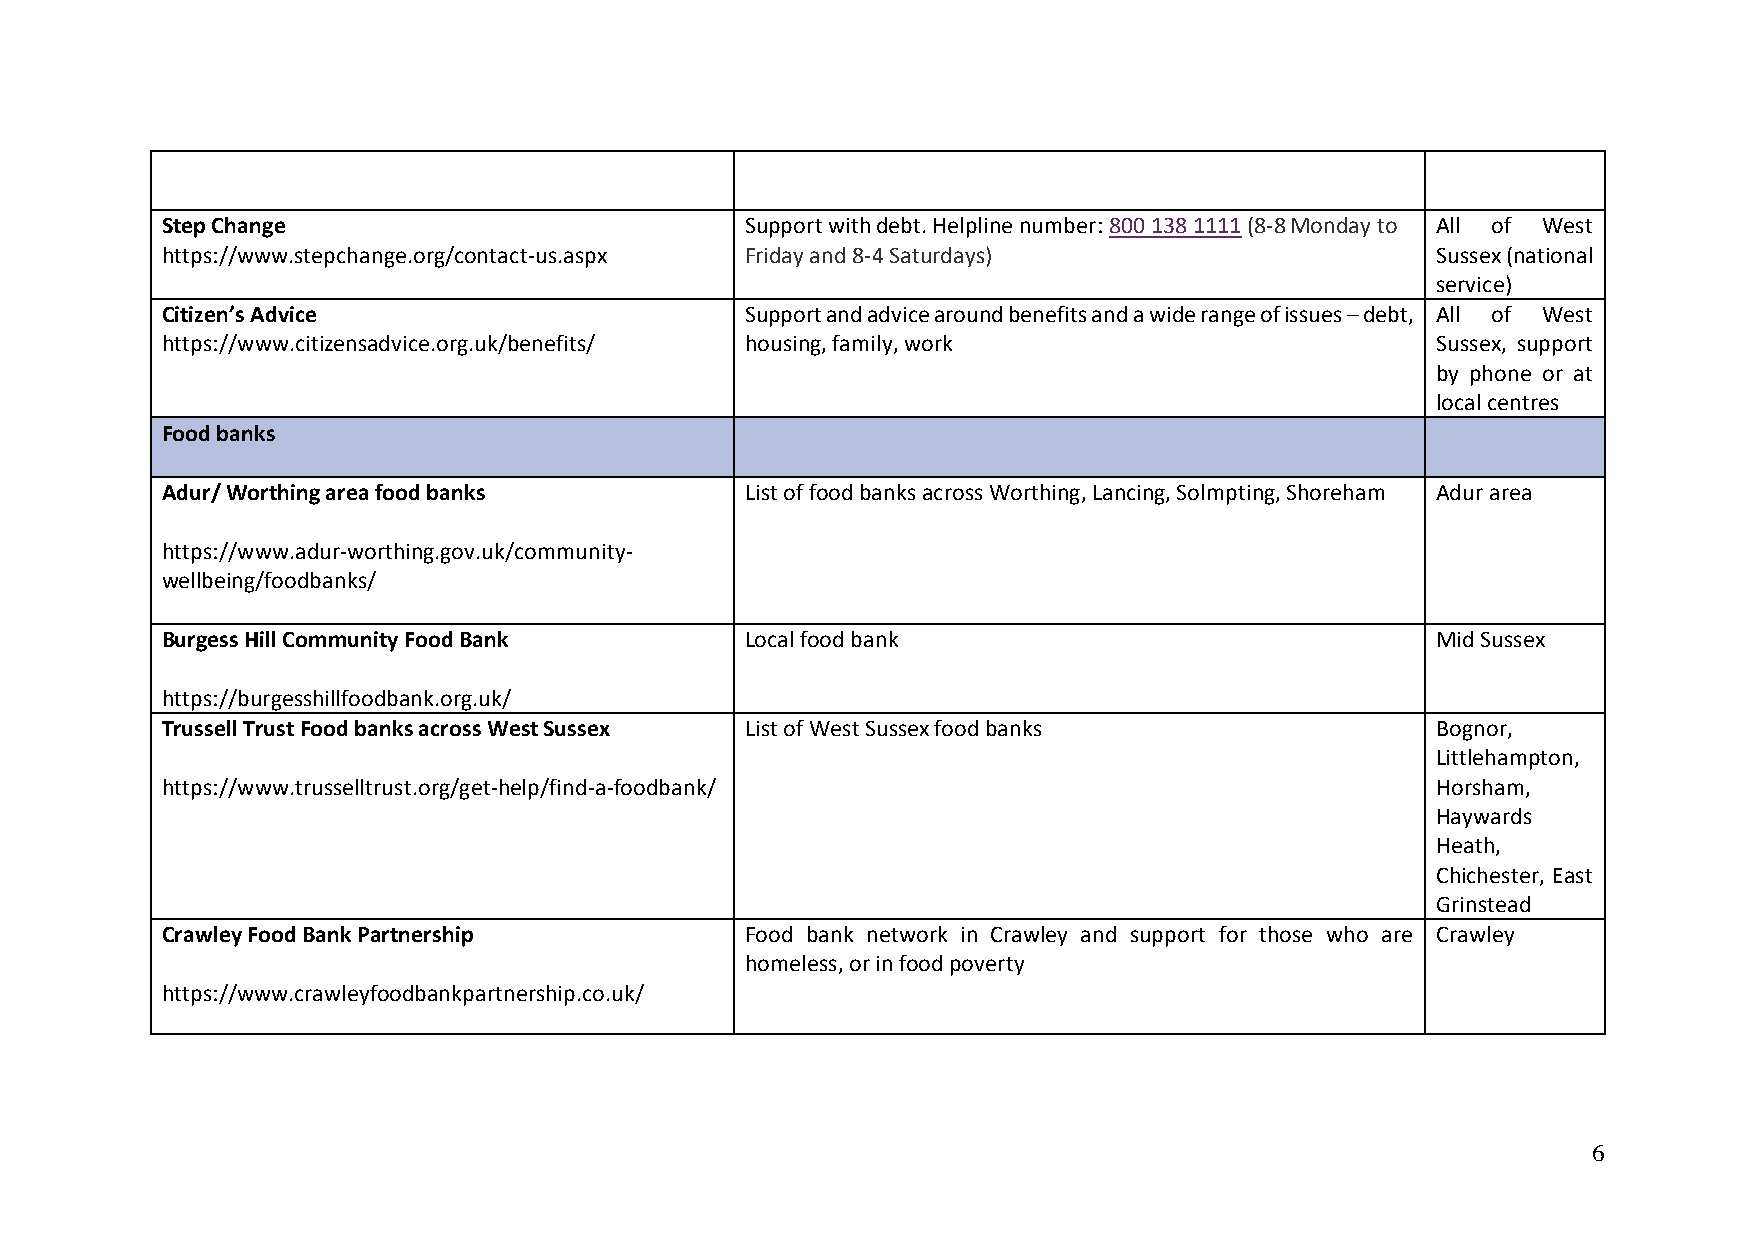
Step Change                           Support with debt. Helpline number: 800 138 1111 (8-8 Monday to All of West
 https://www.stepchange.org/contact-us.aspx Friday and 8-4 Saturdays)                Sussex (national
 service)
 Citizen’s Advice                      Support and advice around benefits and a wide range of issues – debt, All of West
 https://www.citizensadvice.org.uk/benefits/ housing, family, work                   Sussex, support
 by phone or at
 local centres
 Food banks
 Adur/ Worthing area food banks        List of food banks across Worthing, Lancing, Solmpting, Shoreham Adur area
 https://www.adur-worthing.gov.uk/community-
 wellbeing/foodbanks/
 Burgess Hill Community Food Bank      Local food bank                               Mid Sussex
 https://burgesshillfoodbank.org.uk/
 Trussell Trust Food banks across West Sussex List of West Sussex food banks         Bognor,
 Littlehampton,
 https://www.trusselltrust.org/get-help/find-a-foodbank/                             Horsham,
 Haywards
 Heath,
 Chichester, East
 Grinstead
 Crawley Food Bank Partnership         Food bank network in Crawley and support for those who are Crawley
 homeless, or in food poverty
 https://www.crawleyfoodbankpartnership.co.uk/
 6